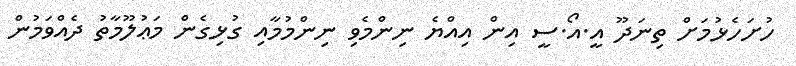
ހުށަހެޅުމަށް ތިނަދޫ އީ.އޯ.ސީ އިން އިއްޔެ ނިންމެވި ނިންމުމާއި ގުޅިގެން މަޢުލޫމާތު ދެއްވަމުން